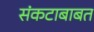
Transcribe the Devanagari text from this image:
संकटाबाबत